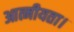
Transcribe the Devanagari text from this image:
आत्मीयता।